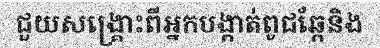
ជួយសង្គ្រោះពីអ្នកបង្កាត់ពូជឆ្កែនិង